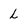
Character: L